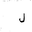
Letter: _lam